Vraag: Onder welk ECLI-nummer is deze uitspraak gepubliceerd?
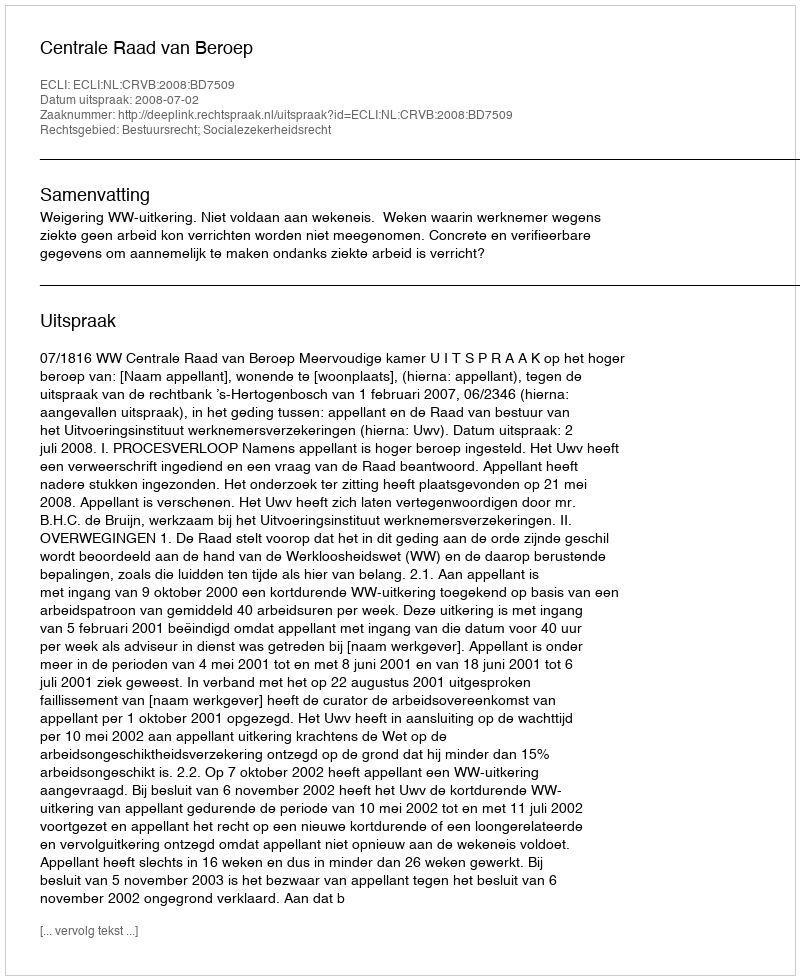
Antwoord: ECLI:NL:CRVB:2008:BD7509